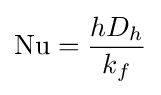
\mathrm {Nu} ={\frac {hD_{h}}{k_{f}}}